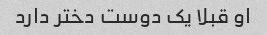
او قبلا یک دوست دختر دارد